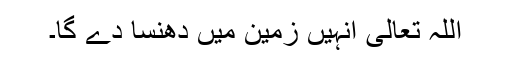
اللہ تعالیٰ انہیں زمین میں دھنسا دے گا۔